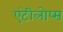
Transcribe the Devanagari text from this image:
एंटीलोप्स